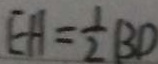
E H = \frac { 1 } { 2 } B D